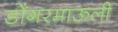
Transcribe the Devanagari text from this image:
डोंगरमाऊली